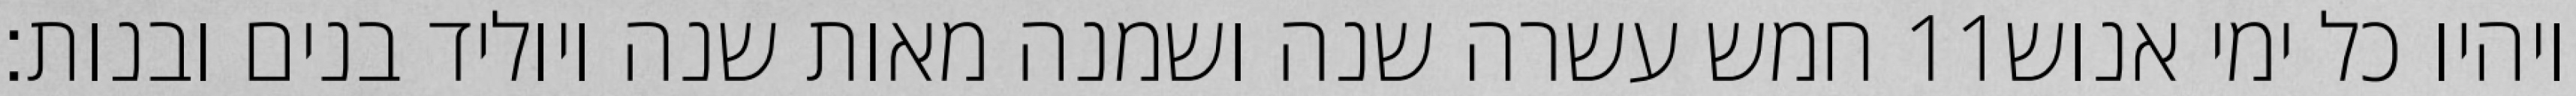
חמש עשרה שנה ושמנה מאות שנה ויוליד בנים ובנות׃ ‎11‏ ויהיו כל ימי אנוש